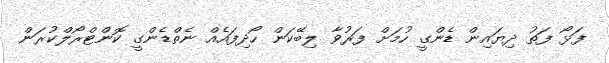
ފަޅޯ ފަތު ދިޔައިން ޑެންގީ ހުމަށް ފަރުވާ ލިބޭކަން ހޯދިފައެއް ނެތްޑެންގީ ކޮންޓްރޯލްކުރަން